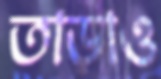
তাড়াও